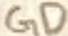
Text: GD